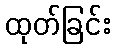
ထုတ်ခြင်း